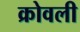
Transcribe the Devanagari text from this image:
क्रोवली